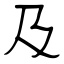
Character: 及